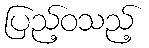
ပြည့်ဝသည့်